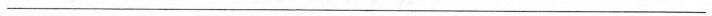
___